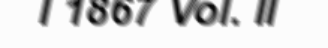
I 1867 Vol. II